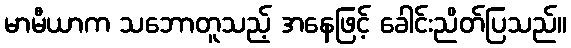
မာမီယာက သဘောတူသည့် အနေဖြင့် ခေါင်းညိတ်ပြသည်။